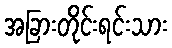
အခြားတိုင်းရင်းသား